Scottish Leaving Certificate Examination, 1961
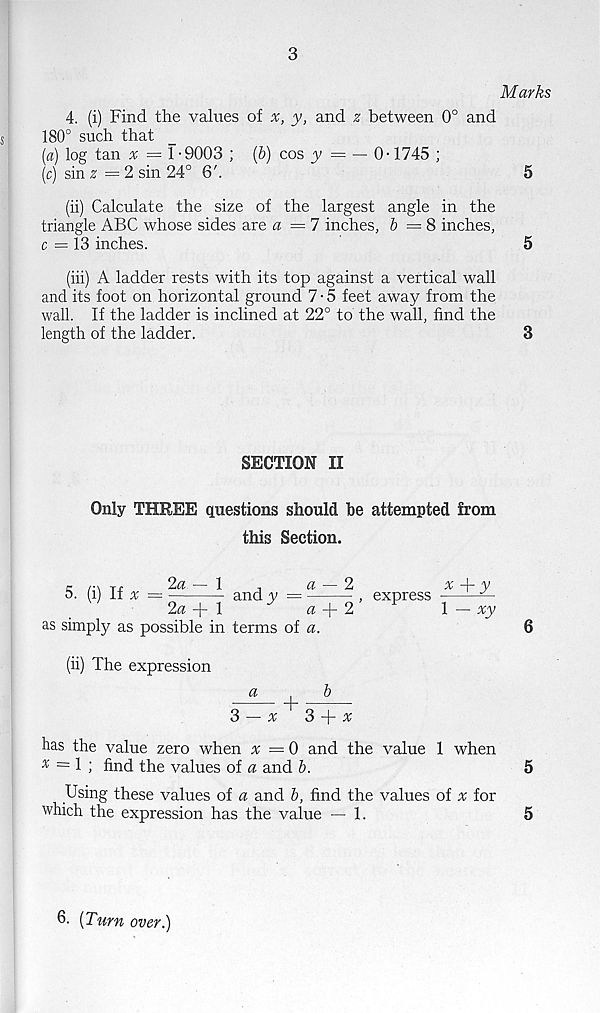
3
Marks
4. (i) Find the values of x, y, and £ between 0° and
180° such that
[a) log tan ^ = 1-9003 ; (6) cos y — — 0-1745 ;
(c) sin £ =2 sin 24° 6'.
5
(ii) Calculate the size of the largest angle in the
triangle ABC whose sides are a = 7 inches, & = 8 inches,
c = 13 inches.
5
(iii) A ladder rests with its top against a vertical wall
and its foot on horizontal ground 7 • 5 feet away from the
wall. If the ladder is inclined at 22° to the wall, find the
length of the ladder.
3
SECTION II
Only THREE questions should be attempted from
this Section.
6
5
5
r /*\ tp
2u
1
..
a
5. (x) it x = -— : —^ and y =
2« + 1
''
a + 2
as simply as possible in terms of a.
express
x
y
1 — xy
(ii) The expression
x
+
3 + x
has the value zero when x = 0 and the value 1 when
x = 1 ; find the values of a and b.
Using these values of a and b, find the values of « for
which the expression has the value — 1.
6. [Turn over.)